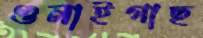
গুনাইগাছ